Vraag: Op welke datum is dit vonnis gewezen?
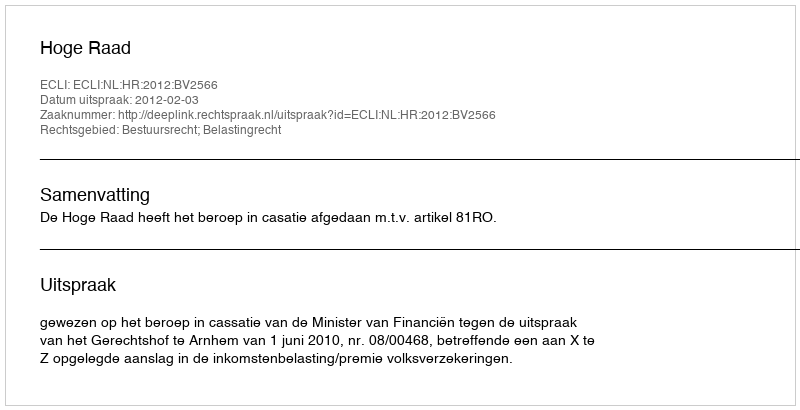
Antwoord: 2012-02-03